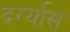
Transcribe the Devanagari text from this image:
दर्ग्यास